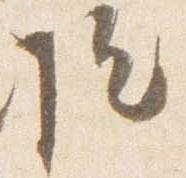
院